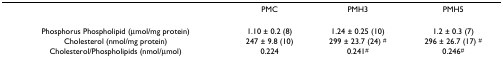
<table><thead><tr><td></td><td><b>PMC</b></td><td><b>PMH3</b></td><td><b>PMH5</b></td></tr></thead><tbody><tr><td>Phosphorus Phospholipid (μmol/mg protein)</td><td>1.10 ± 0.2 (8)</td><td>1.24 ± 0.25 (10)</td><td>1.2 ± 0.3 (7)</td></tr><tr><td>Cholesterol (nmol/mg protein)</td><td>247 ± 9.8 (10)</td><td>299 ± 23.7 (24) <sup>#</sup></td><td>296 ± 26.7 (17) <sup>#</sup></td></tr><tr><td>Cholesterol/Phospholipids (nmol/μmol)</td><td>0.224</td><td>0.241<sup>#</sup></td><td>0.246<sup>#</sup></td></tr></tbody></table>